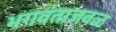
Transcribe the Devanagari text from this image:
भगवंताजवळ